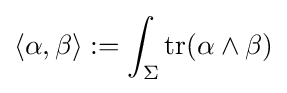
\langle \alpha ,\beta \rangle :=\int _{\Sigma }{\text{tr}}(\alpha \wedge \beta )